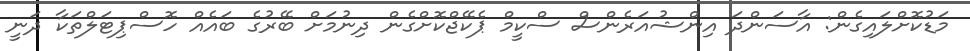
މަޑުކޮށްލައިގެން: އާސަންދަ އިންޝުއަރެންސް ސްކީމް ޕެކޭޖްކޮށްގެން ދިނުމަށް ބޭރުގެ ބައެއް ހޮސްޕިޓަލްތަކާ ދަނީ